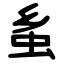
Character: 蚃